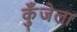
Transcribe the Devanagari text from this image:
कुँजेला